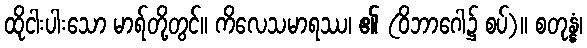
ထိုငါးပါးသော မာရ်တို့တွင်။ ကိလေသမာရဿ၊ ၏ (ဝိဘာဂေါ၌ စပ်)။ စတုန္နံ၊